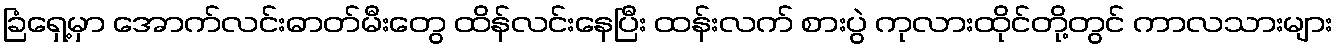
ခြံရှေ့မှာ အောက်လင်းဓာတ်မီးတွေ ထိန်လင်းနေပြီး ထန်းလက် စားပွဲ ကုလားထိုင်တို့တွင် ကာလသားများ